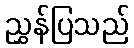
ညွှန်ပြသည်